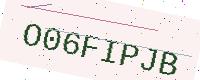
Text: O06FIPJB